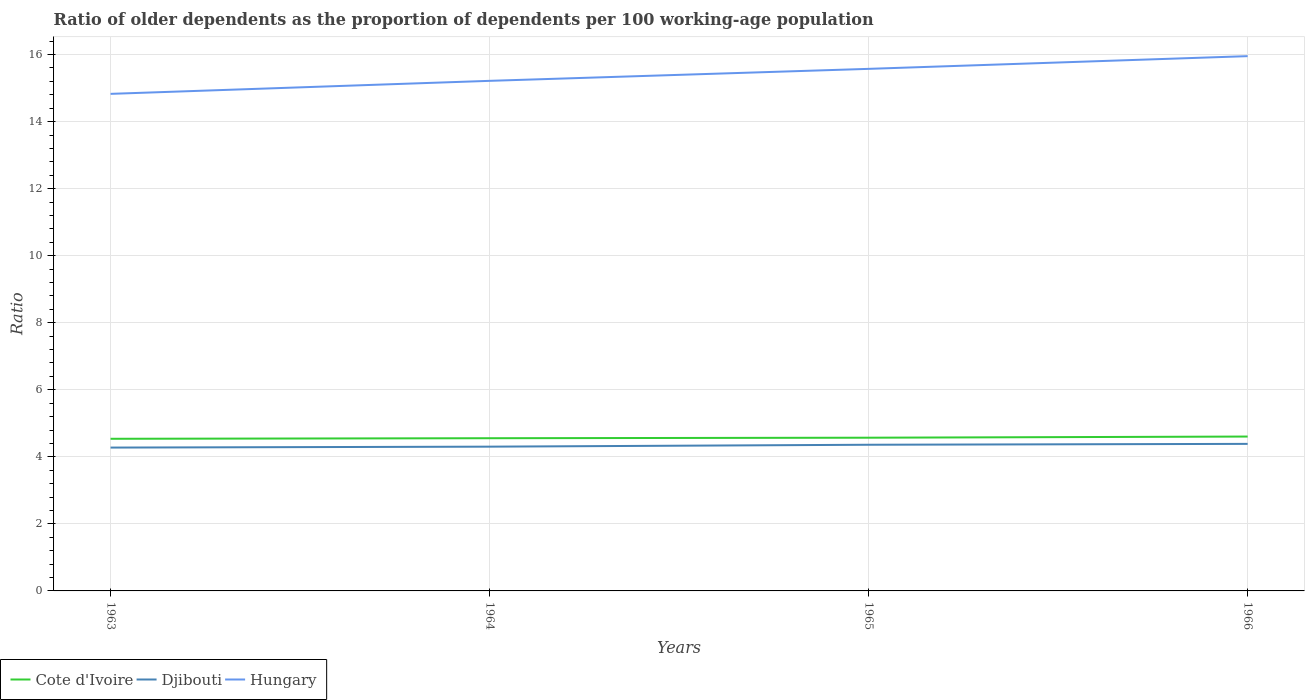
| Years | Cote d'Ivoire | Djibouti | Hungary |
 | --- | --- | --- | --- |
 | 1963 | 4.54 | 4.28 | 14.8 |
 | 1964 | 4.56 | 4.3 | 15.2 |
 | 1965 | 4.57 | 4.36 | 15.6 |
 | 1966 | 4.61 | 4.39 | 16 |